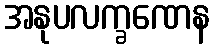
အနုပလက္ခဏေန